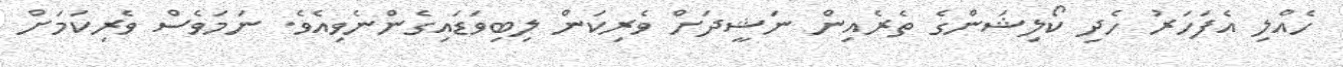
ހެއްލި އެފަހަރު ހެދި ކޯލިޝަންގެ ތެރެއިން ނަޝީދަށް ވެރިކަން ލިބިވަޑައިގެންނެވިއެވެ. ނަމަވެސް ވެރިކަމަށް